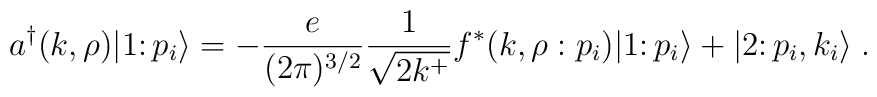
a^{\dagger}(k,\rho) \vert 1\colon p_i \rangle =-{e \over {(2\pi)^{3/2}}}{1 \over \sqrt{2k^+}}f^*(k, \rho:p_i) \vert 1\colon p_i \rangle + \vert 2 \colon p_i, k_i \rangle\;.